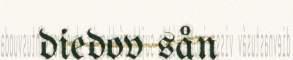
diedov sån